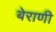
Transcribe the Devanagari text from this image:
बेराणी